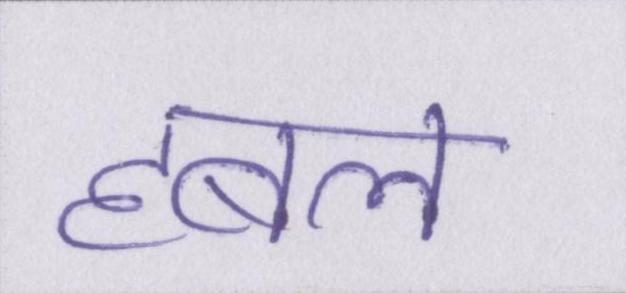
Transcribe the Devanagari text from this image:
हबल